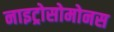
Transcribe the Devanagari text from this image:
नाइट्रोसोमोनस